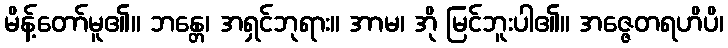
မိန့်တော်မူ၏။ ဘန္တေ၊ အရှင်ဘုရား။ အာမ၊ အို မြင်ဘူးပါ၏။ အဇ္ဇေတရဟိပိ၊